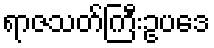
ရာဇသတ်ကြီးဥပဒေ